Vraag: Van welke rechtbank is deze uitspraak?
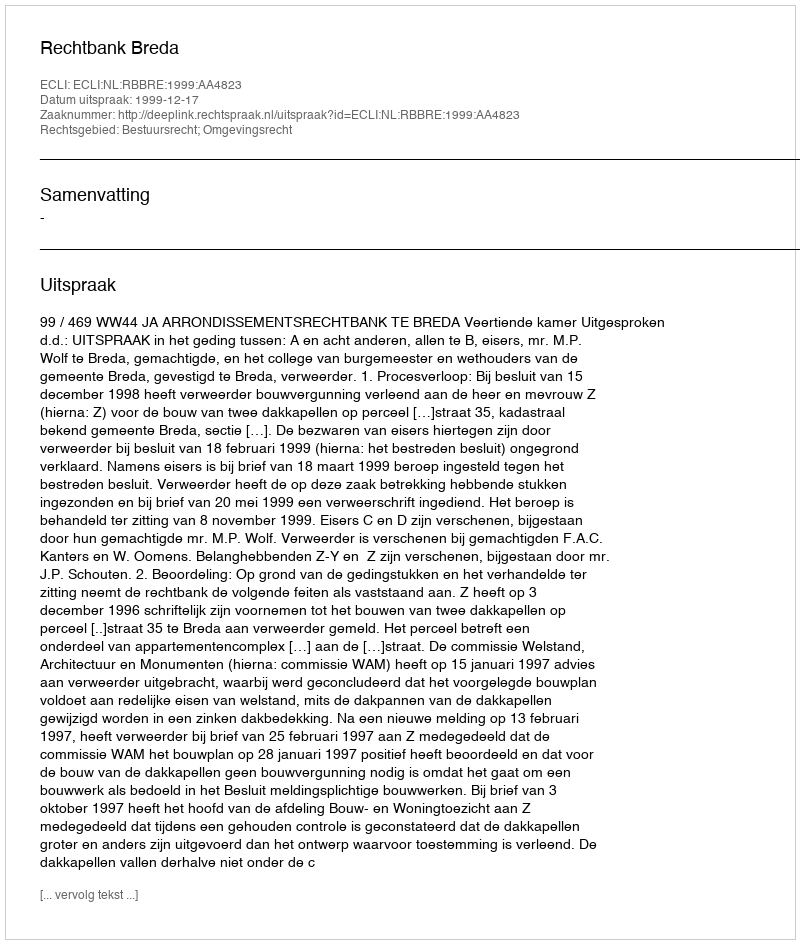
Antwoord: Rechtbank Breda